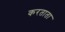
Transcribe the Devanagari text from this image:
करताता